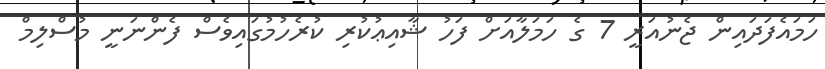
ހަމައެފަދައިން ޖެނުއަރީ 7 ގެ ހަމަލާއަށް ފަހު ޝާއިޢުކުރި ކުރެހުމުގައިވެސް ފެންނަނީ މުސްލިމް